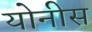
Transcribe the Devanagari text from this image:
योनीस